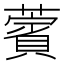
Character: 薲